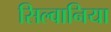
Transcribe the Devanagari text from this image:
सिल्वानिया